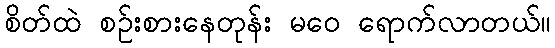
စိတ်ထဲ စဉ်းစားနေတုန်း မဝေ ရောက်လာတယ်။